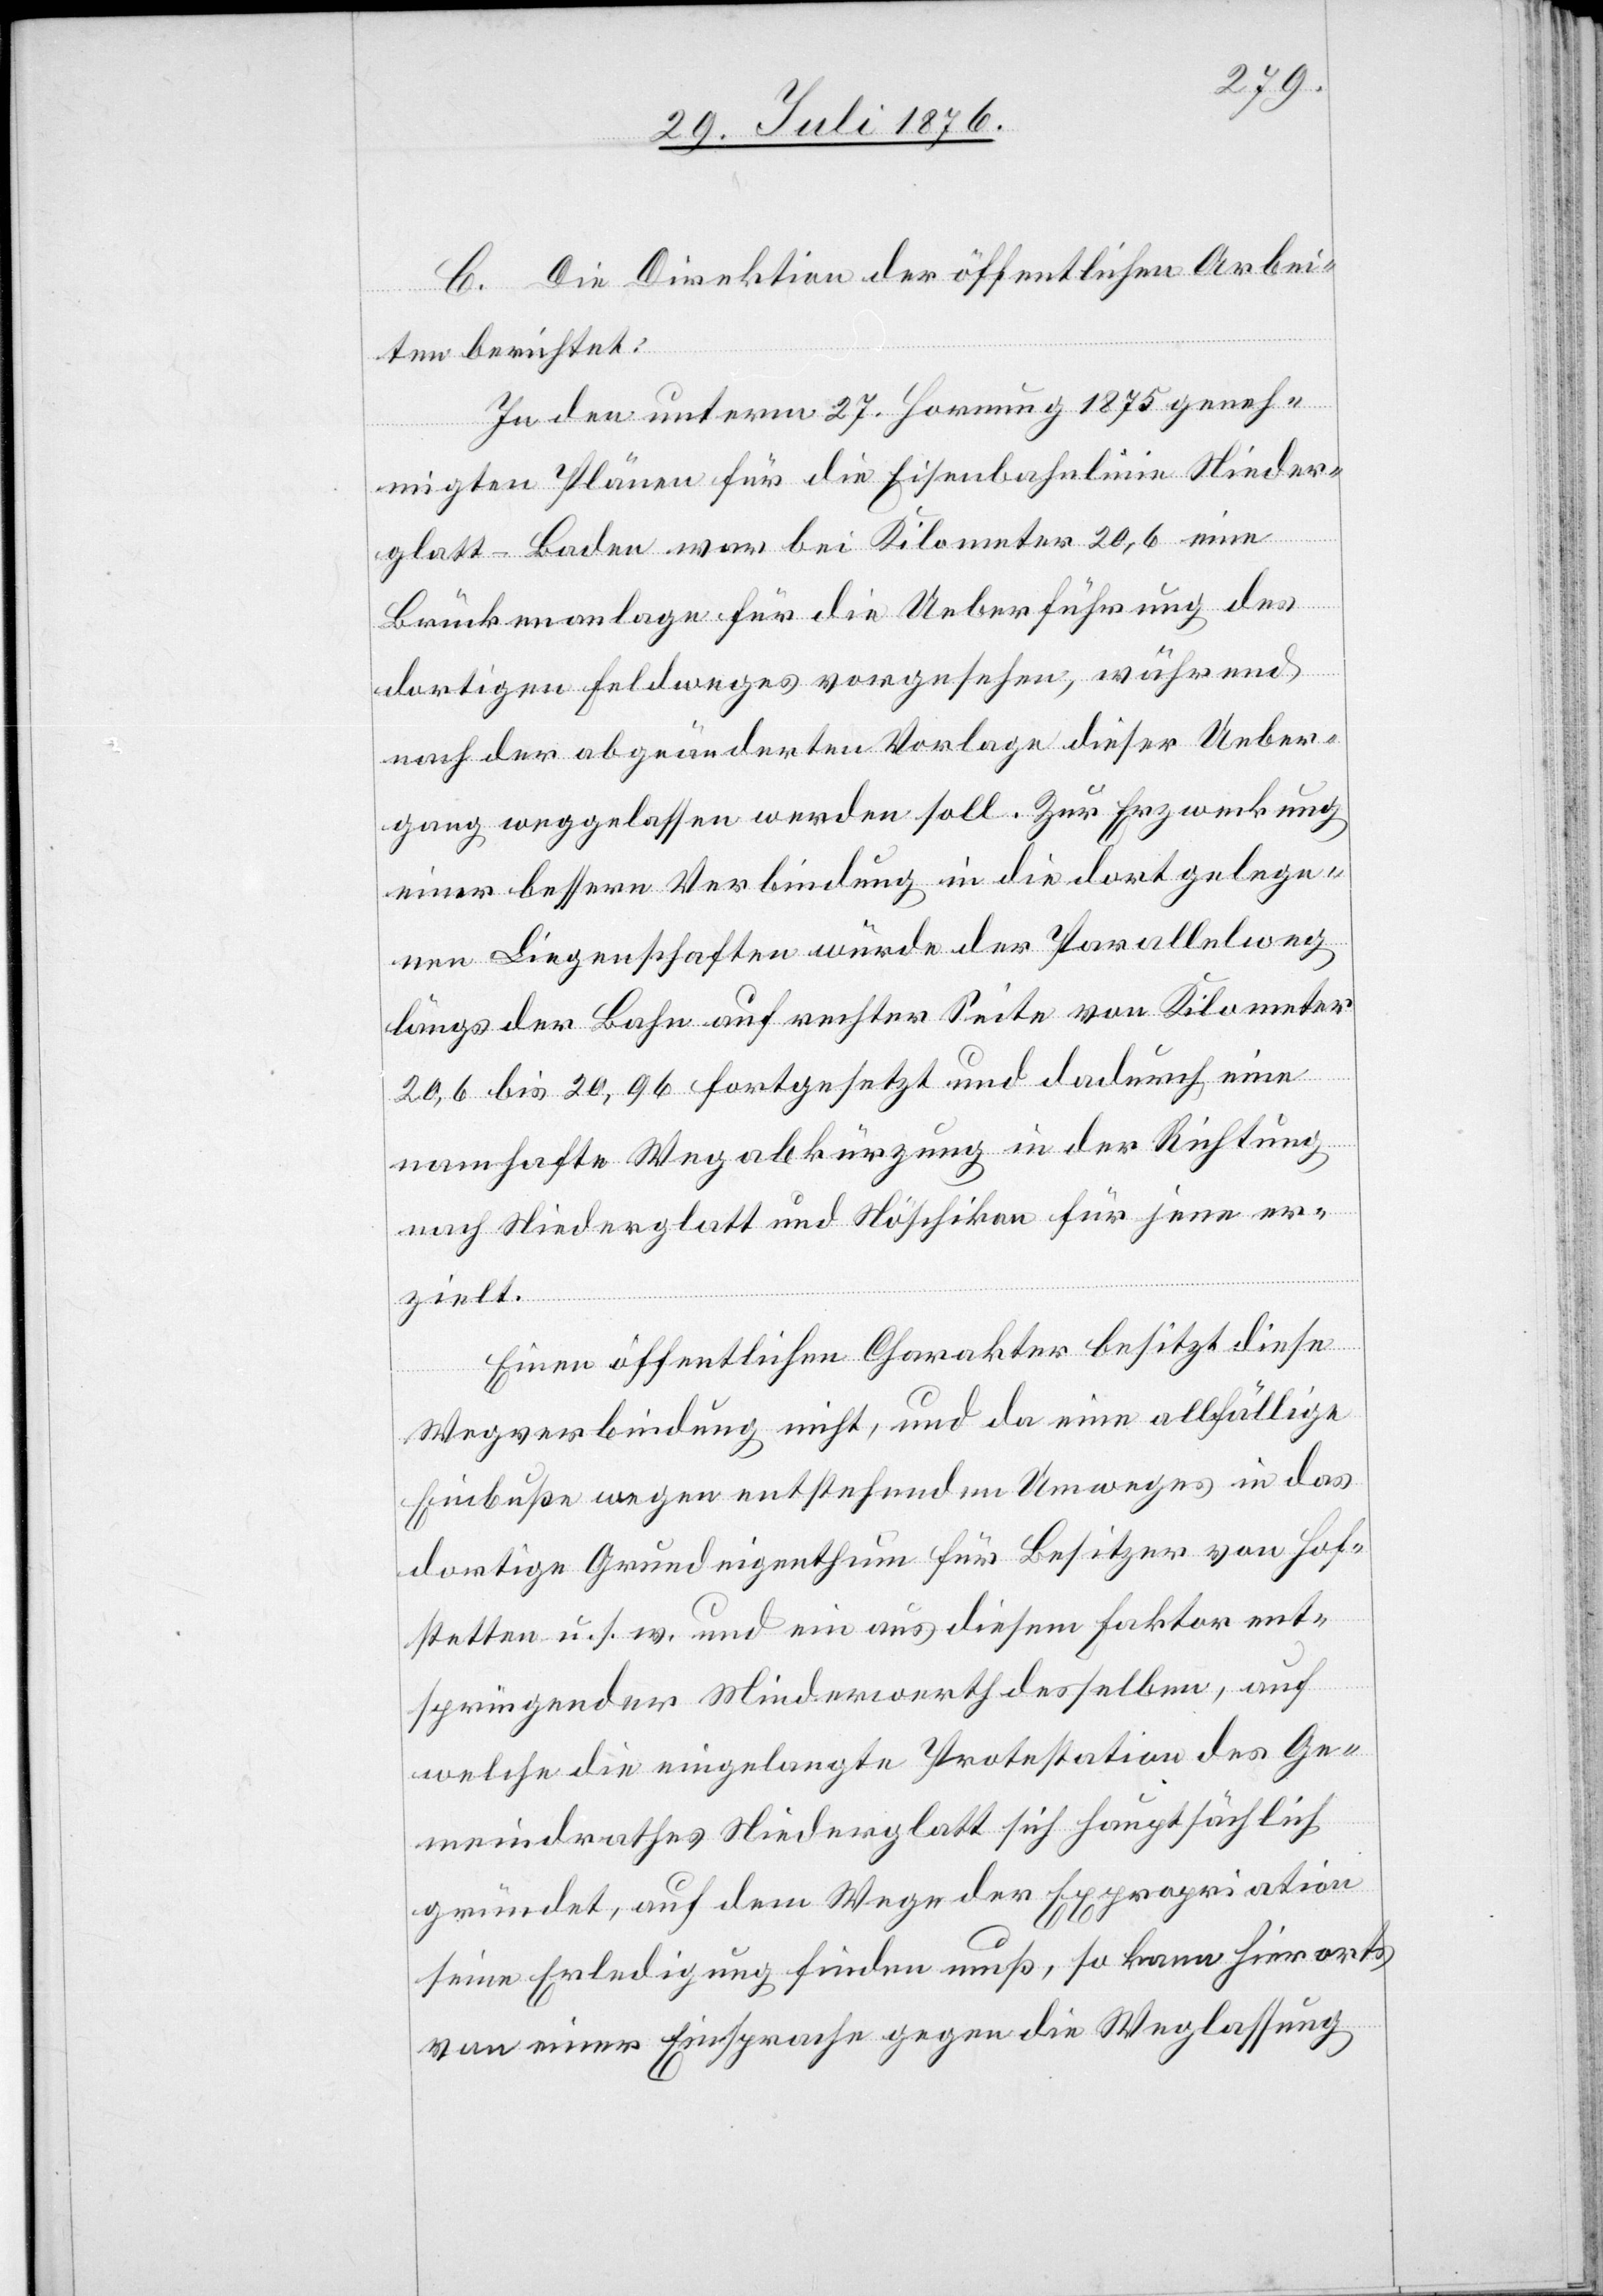
C. Die Direktion der öffentlichen Arbei¬
ten berichtet:
In den unterm 27. Hornung 1875 geneh¬
migten Plänen für die Eisenbahnlinie Nieder¬
glatt–Baden war bei K9lometer 20,6 eine
Brückenanlage für die Ueberführung des
dortigen Feldweges vorgesehen, während
nach der abgeänderten Vorlage dieser Ueber¬
gang wegelassen werden soll. Zur Erzweckung
einer bessern Verbindung in die dort gelege¬
nen Liegenschaften würde der Parallelweg
längs der Bahn auf rechter Seite von Kilometer
20,6 bis 20,96 fortgesetzt und dadurch eine
namhafte Wegabkürzung in der Richtung
nach Niederglatt und Nöschikon für jene er¬
zielt.
Einen öffentlichen Charakter besitzt diese
Wegverbindung nicht, und da eine allfällige
Einbuße wegen entstehenden Umweges in das
dortige Grundeigenthum für Besitzer von Hof¬
stetten u. s. w. und ein aus diesem Faktor ent¬
springender Minderwerth desselben, auf
welche die eingelangte Protestation des Ge¬
meindrathes Niederglatt sich hauptsächlich
gründet, auf dem Wege der Expropriation
seine Erledigung finden muß, so kann hierorts
von einer Einsprache gegen die Weglassung